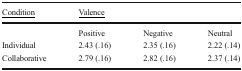
<table><thead><tr><td><b><underline>Condition</underline></b></td><td colspan="3"><b><underline>Valence</underline></b></td></tr></thead><tbody><tr><td></td><td>Positive</td><td>Negative</td><td>Neutral</td></tr><tr><td>Individual</td><td>2.43 (.16)</td><td>2.35 (.16)</td><td>2.22 (.14)</td></tr><tr><td>Collaborative</td><td>2.79 (.16)</td><td>2.82 (.16)</td><td>2.37 (.14)</td></tr></tbody></table>